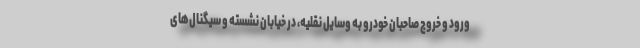
ورود و خروج صاحبان خودرو به وسایل نقلیه، در خیابان نشسته و سیگنال‌های